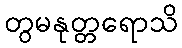
တွမနုတ္တရောသိ